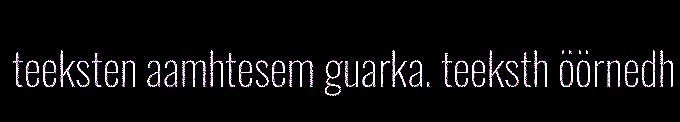
teeksten aamhtesem guarka. teeksth öörnedh